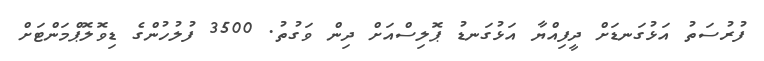
ފުރުސަތު އަޅުގަނޑަށް ދީފިއްޔާ އަޅުގަނޑު ޕޮލިސްއަށް ދިން ވަގުތު. 3500 ފުލުހުންގެ ޑިވޮލޮޕްމަންޓަށް